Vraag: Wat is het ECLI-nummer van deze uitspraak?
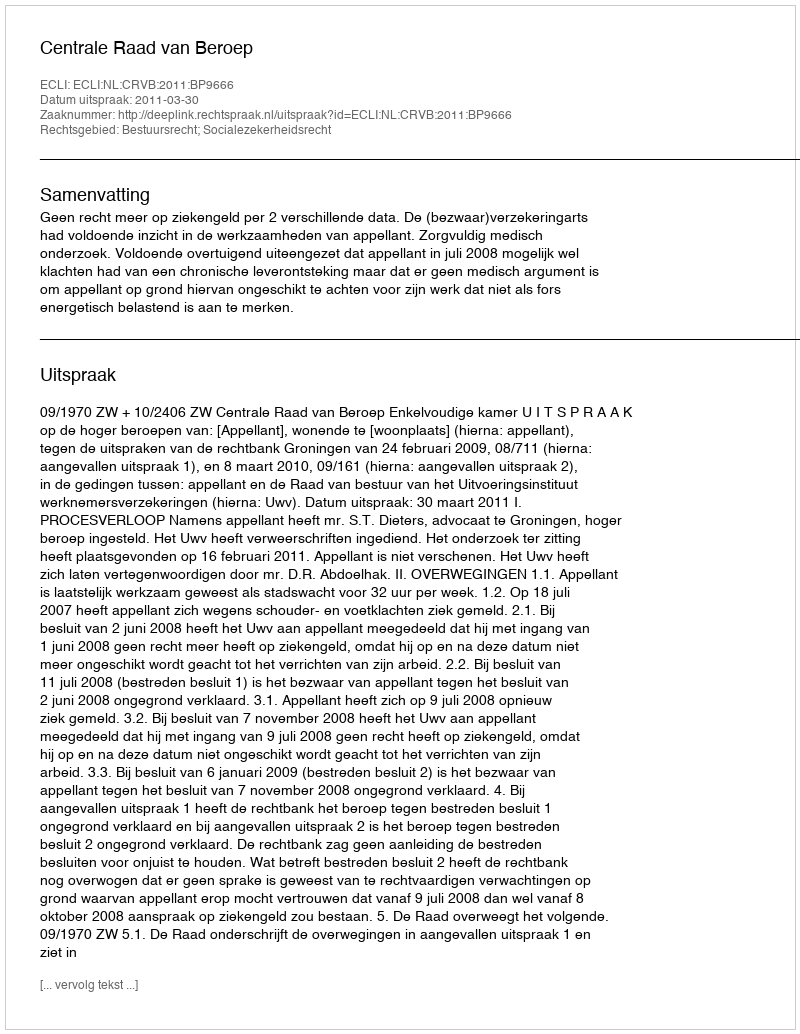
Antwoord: ECLI:NL:CRVB:2011:BP9666